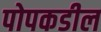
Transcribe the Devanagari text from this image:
पोपकडील